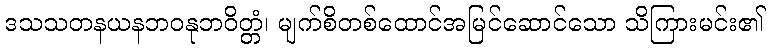
ဒသသတနယနဘဝနုဘဝိတ္တံ၊ မျက်စိတစ်ထောင်အမြင်ဆောင်သော သိကြားမင်း၏